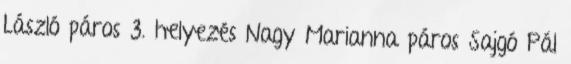
László páros 3. helyezés Nagy Marianna páros Sajgó Pál